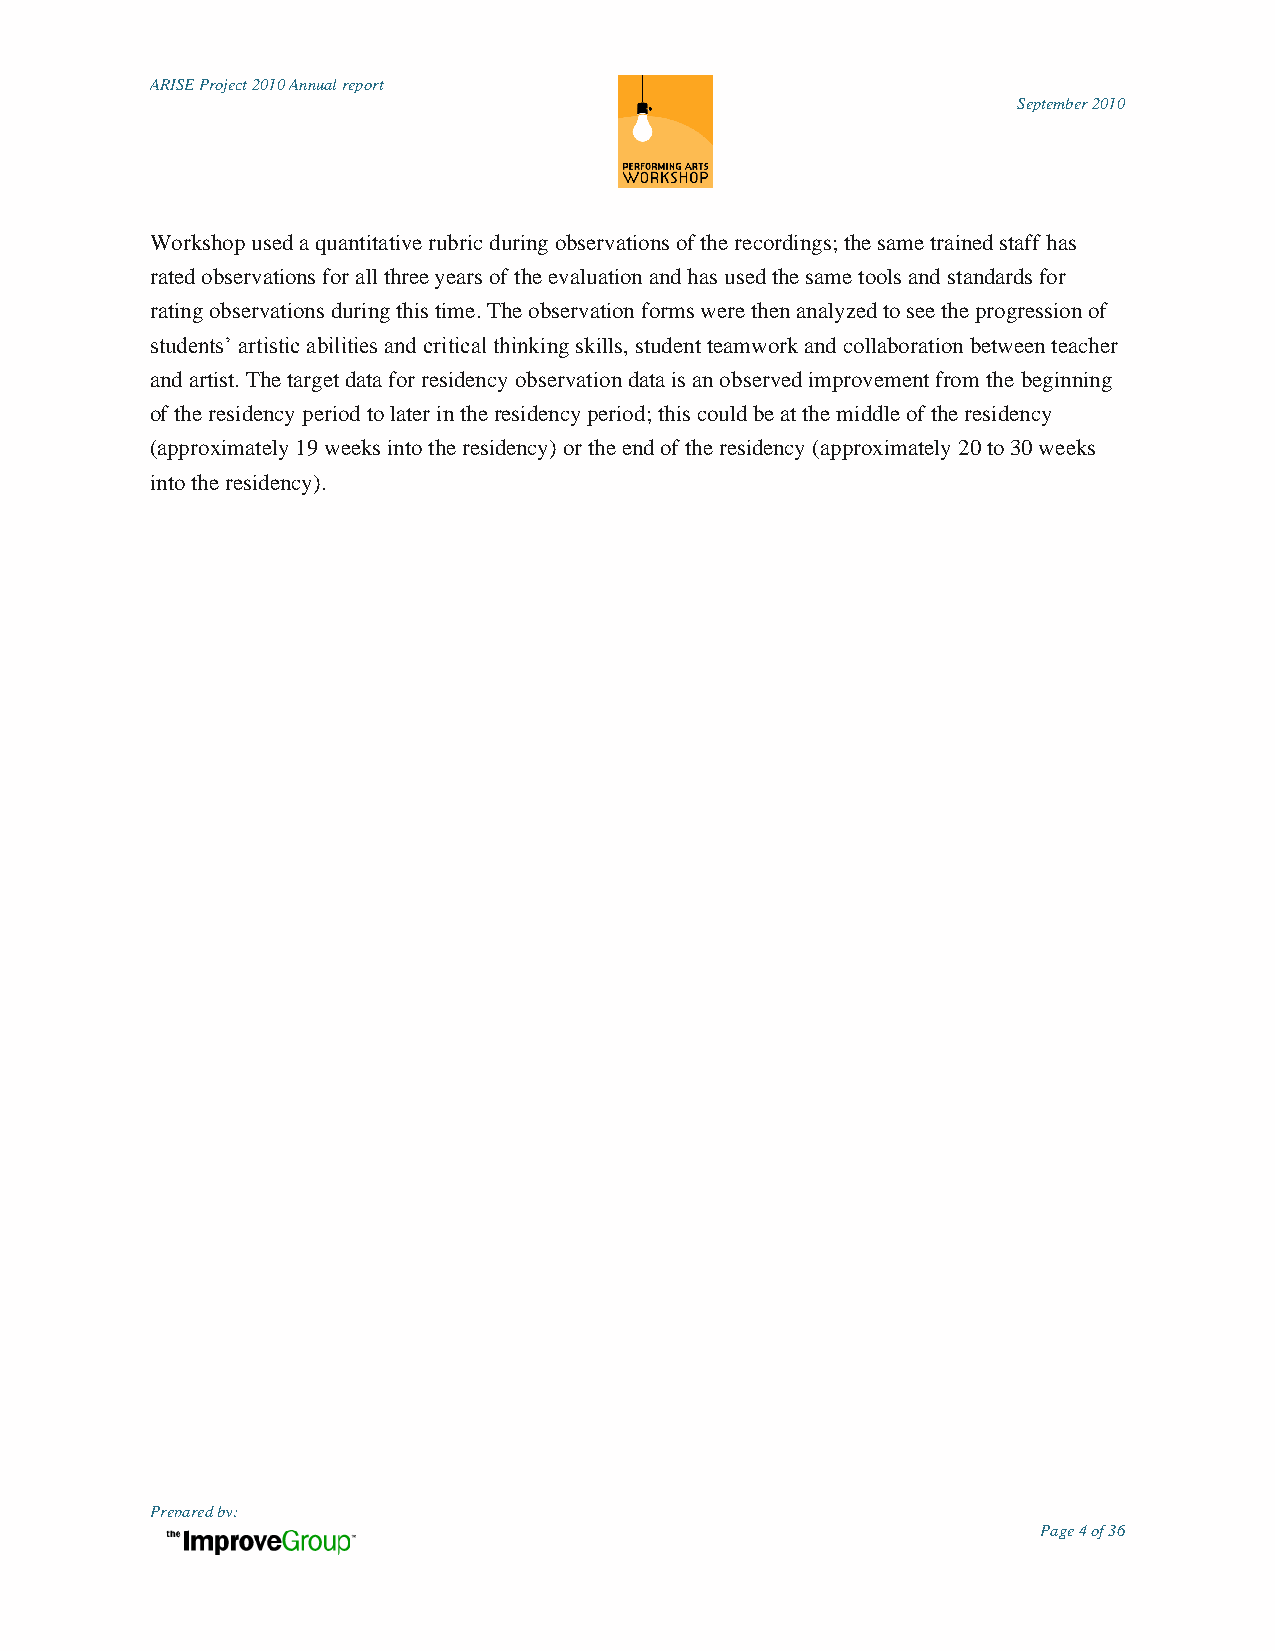
ARISE Project 2010 Annual report
 September 2010
 Workshop used a quantitative rubric during observations of the recordings; the same trained staff has
 rated observations for all three years of the evaluation and has used the same tools and standards for
 rating observations during this time. The observation forms were then analyzed to see the progression of
 students‟ artistic abilities and critical thinking skills, student teamwork and collaboration between teacher
 and artist. The target data for residency observation data is an observed improvement from the beginning
 of the residency period to later in the residency period; this could be at the middle of the residency
 (approximately 19 weeks into the residency) or the end of the residency (approximately 20 to 30 weeks
 into the residency).
 Prepared by:
 Page 4 of 36